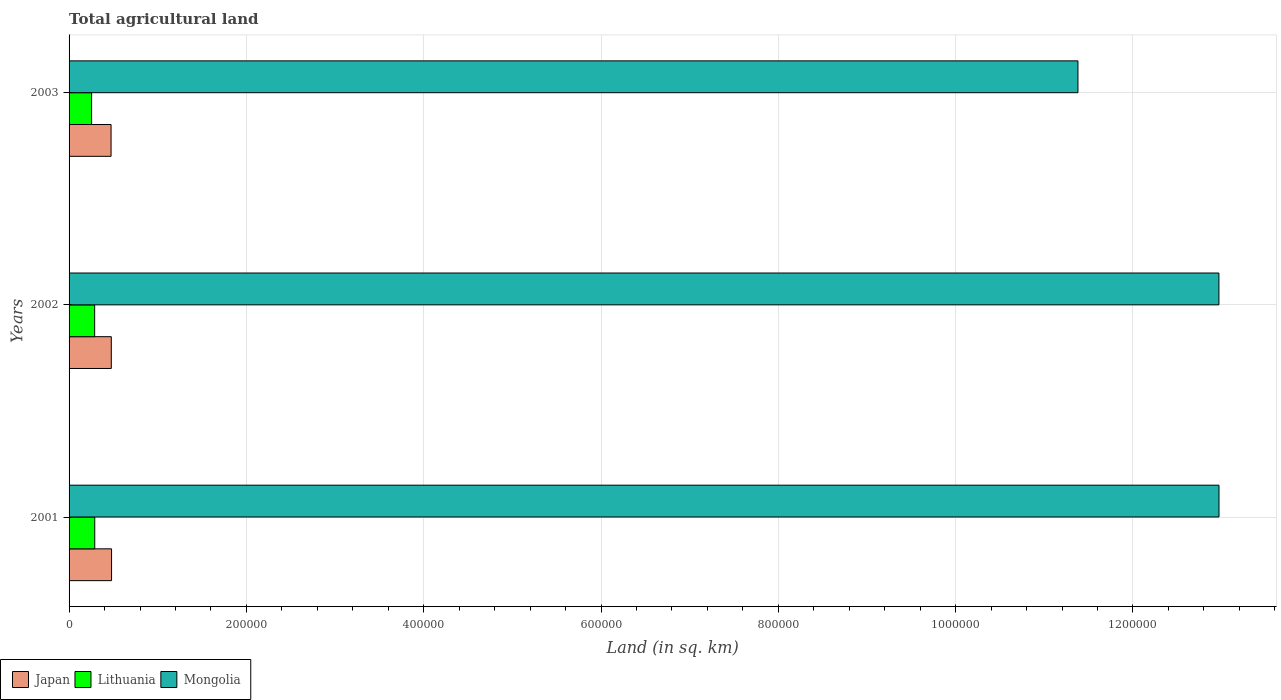
| Years | Japan | Lithuania | Mongolia |
 | --- | --- | --- | --- |
 | 2001 | 4.79e+04 | 2.9e+04 | 1.3e+06 |
 | 2002 | 4.76e+04 | 2.88e+04 | 1.3e+06 |
 | 2003 | 4.74e+04 | 2.54e+04 | 1.14e+06 |